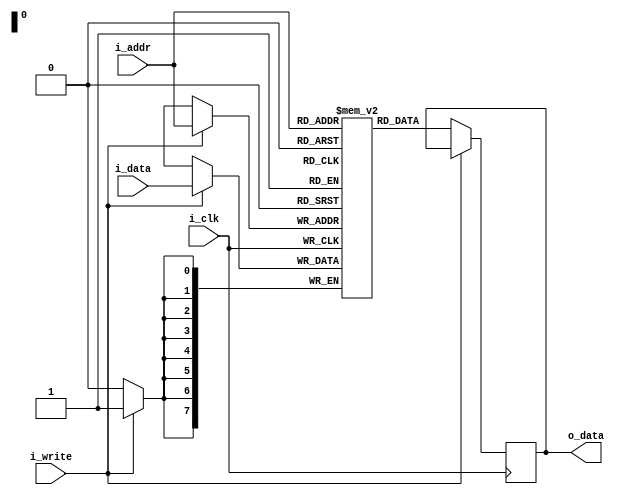
// This program was cloned from: https://github.com/WillGreen/timetoexplore
// License: MIT License

// FPGA VGA Graphics Part 2: SRAM Module (single port)
// (C)2018 Will Green - Licensed under the MIT License
// Learn more at https://timetoexplore.net/blog/arty-fpga-vga-verilog-02

`default_nettype none

module sram #(parameter ADDR_WIDTH=8, DATA_WIDTH=8, DEPTH=256, MEMFILE="") (
    input wire i_clk,
    input wire [ADDR_WIDTH-1:0] i_addr, 
    input wire i_write,
    input wire [DATA_WIDTH-1:0] i_data,
    output reg [DATA_WIDTH-1:0] o_data 
    );

    reg [DATA_WIDTH-1:0] memory_array [0:DEPTH-1]; 

    initial begin
        if (MEMFILE > 0)
        begin
            $display("Loading memory init file '" + MEMFILE + "' into array.");
            $readmemh(MEMFILE, memory_array);
        end
    end

    always @ (posedge i_clk)
    begin
        if(i_write) begin
            memory_array[i_addr] <= i_data;
        end
        else begin
            o_data <= memory_array[i_addr];
        end     
    end
endmodule